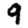
Digit: 9